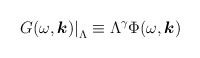
\begin{align*}\left. G(\omega, \mbox{\boldmath $k$}) \right|_{\Lambda} \equiv \Lambda^{\gamma}\Phi (\omega, \mbox{\boldmath $k$})\end{align*}